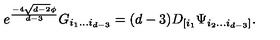
e ^ { \frac { - 4 \sqrt { d - 2 } \phi } { d - 3 } } G _ { i _ { 1 } . . . i _ { d - 3 } } = ( d - 3 ) D _ { [ i _ { 1 } } \Psi _ { i _ { 2 } . . . i _ { d - 3 } ] } .